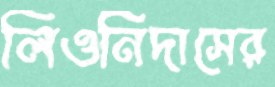
লিওনিদাসের